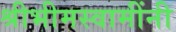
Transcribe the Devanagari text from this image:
श्रीभीमस्वामींनी